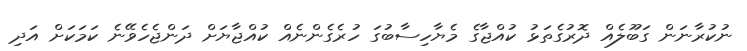
ނުކުރާނަން ގަބޫލެއް ދޮރުގެތަޅު ކުއްޖާގެ މެޔާހިސާބުގަ ހުރެގެންނެއް ކުއްޖާޔަށް ދަންޖެހެވޭނެ ކަމަކަށް އަދި